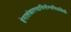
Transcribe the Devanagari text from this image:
हेमालंकारभाभिर्भरनमितशिखैः